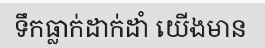
ទឹកធ្លាក់ដាក់ដាំ យើងមាន